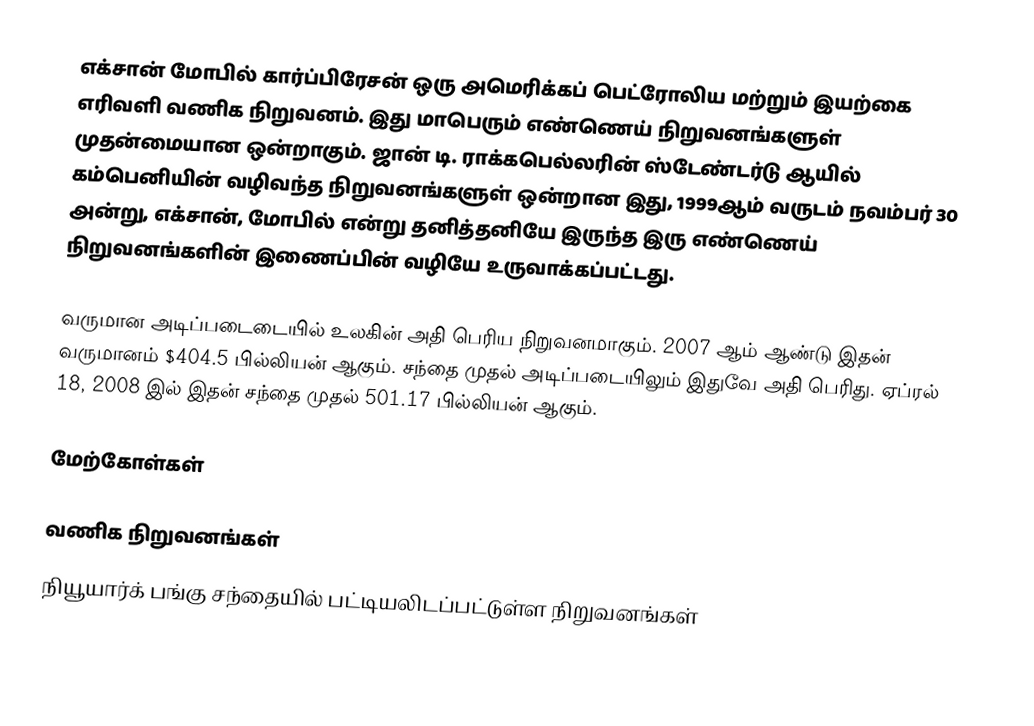
எக்சான் மோபில் கார்ப்பிரேசன் ஒரு அமெரிக்கப் பெட்ரோலிய மற்றும் இயற்கை எரிவளி வணிக நிறுவனம். இது மாபெரும் எண்ணெய் நிறுவனங்களுள் முதன்மையான ஒன்றாகும். ஜான் டி. ராக்கபெல்லரின் ஸ்டேண்டர்டு ஆயில் கம்பெனியின் வழிவந்த நிறுவனங்களுள் ஒன்றான இது, 1999ஆம் வருடம் நவம்பர் 30 அன்று, எக்சான், மோபில் என்று தனித்தனியே இருந்த இரு எண்ணெய் நிறுவனங்களின் இணைப்பின் வழியே உருவாக்கப்பட்டது.

வருமான அடிப்படைடையில் உலகின் அதி பெரிய நிறுவனமாகும். 2007 ஆம் ஆண்டு இதன் வருமானம் $404.5 பில்லியன் ஆகும். சந்தை முதல் அடிப்படையிலும் இதுவே அதி பெரிது. ஏப்ரல் 18, 2008 இல் இதன் சந்தை முதல் 501.17 பில்லியன் ஆகும்.

மேற்கோள்கள்

வணிக நிறுவனங்கள்
நியூயார்க் பங்கு சந்தையில் பட்டியலிடப்பட்டுள்ள நிறுவனங்கள்